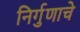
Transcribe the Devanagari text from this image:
निर्गुणाचे